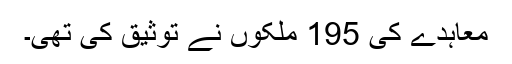
معاہدے کی 195 ملکوں نے توثیق کی تھی۔